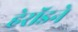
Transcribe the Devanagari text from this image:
हेरॉडने